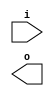
module div3 (
	input [3:0] i,
	output [2:0] o
);
	//write Verilog code here
endmodule

module div3_tb;
	reg [3:0] i;
	wire [2:0] o;

	div3 div3_i (.i(i), .o(o));

	integer k;
	initial begin
		$display("Time\ti\to");
		$monitor("%0t\t%b\t%b", $time, i, o);
		i = 0;
		for (k = 1; k < 16; k = k + 1)
			#10 i = k;
	end
endmodule